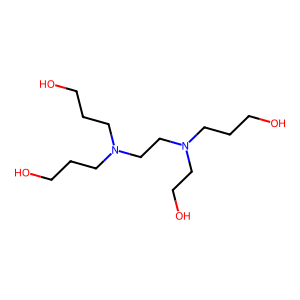
SMILES: OCCCN(CCO)CCN(CCCO)CCCO
Inhibits HIV replication: No